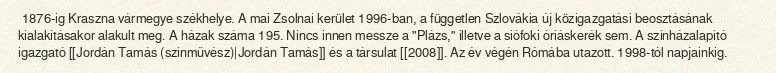
1876-ig Kraszna vármegye székhelye. A mai Zsolnai kerület 1996-ban, a független Szlovákia új közigazgatási beosztásának kialakításakor alakult meg. A házak száma 195. Nincs innen messze a "Plázs," illetve a siófoki óriáskerék sem. A színházalapító igazgató [[Jordán Tamás (színművész)|Jordán Tamás]] és a társulat [[2008]]. Az év végén Rómába utazott. 1998-tól napjainkig.